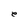
Character: e